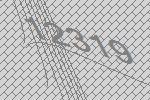
12319